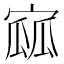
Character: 寙